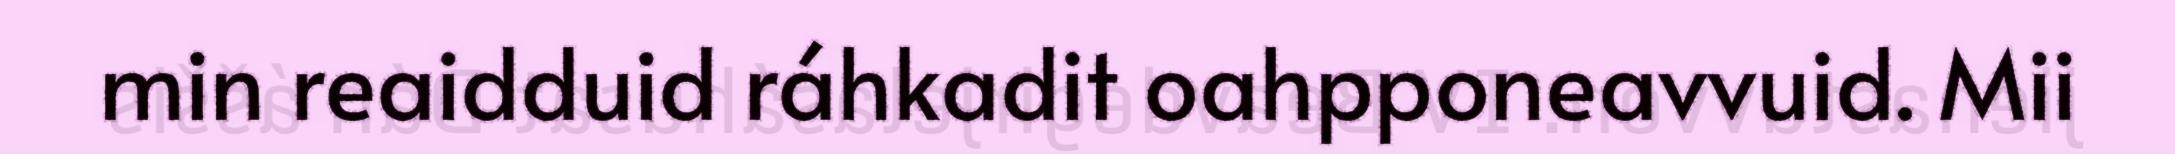
min reaidduid ráhkadit oahpponeavvuid. Mii